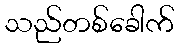
သည်တစ်ခေါက်